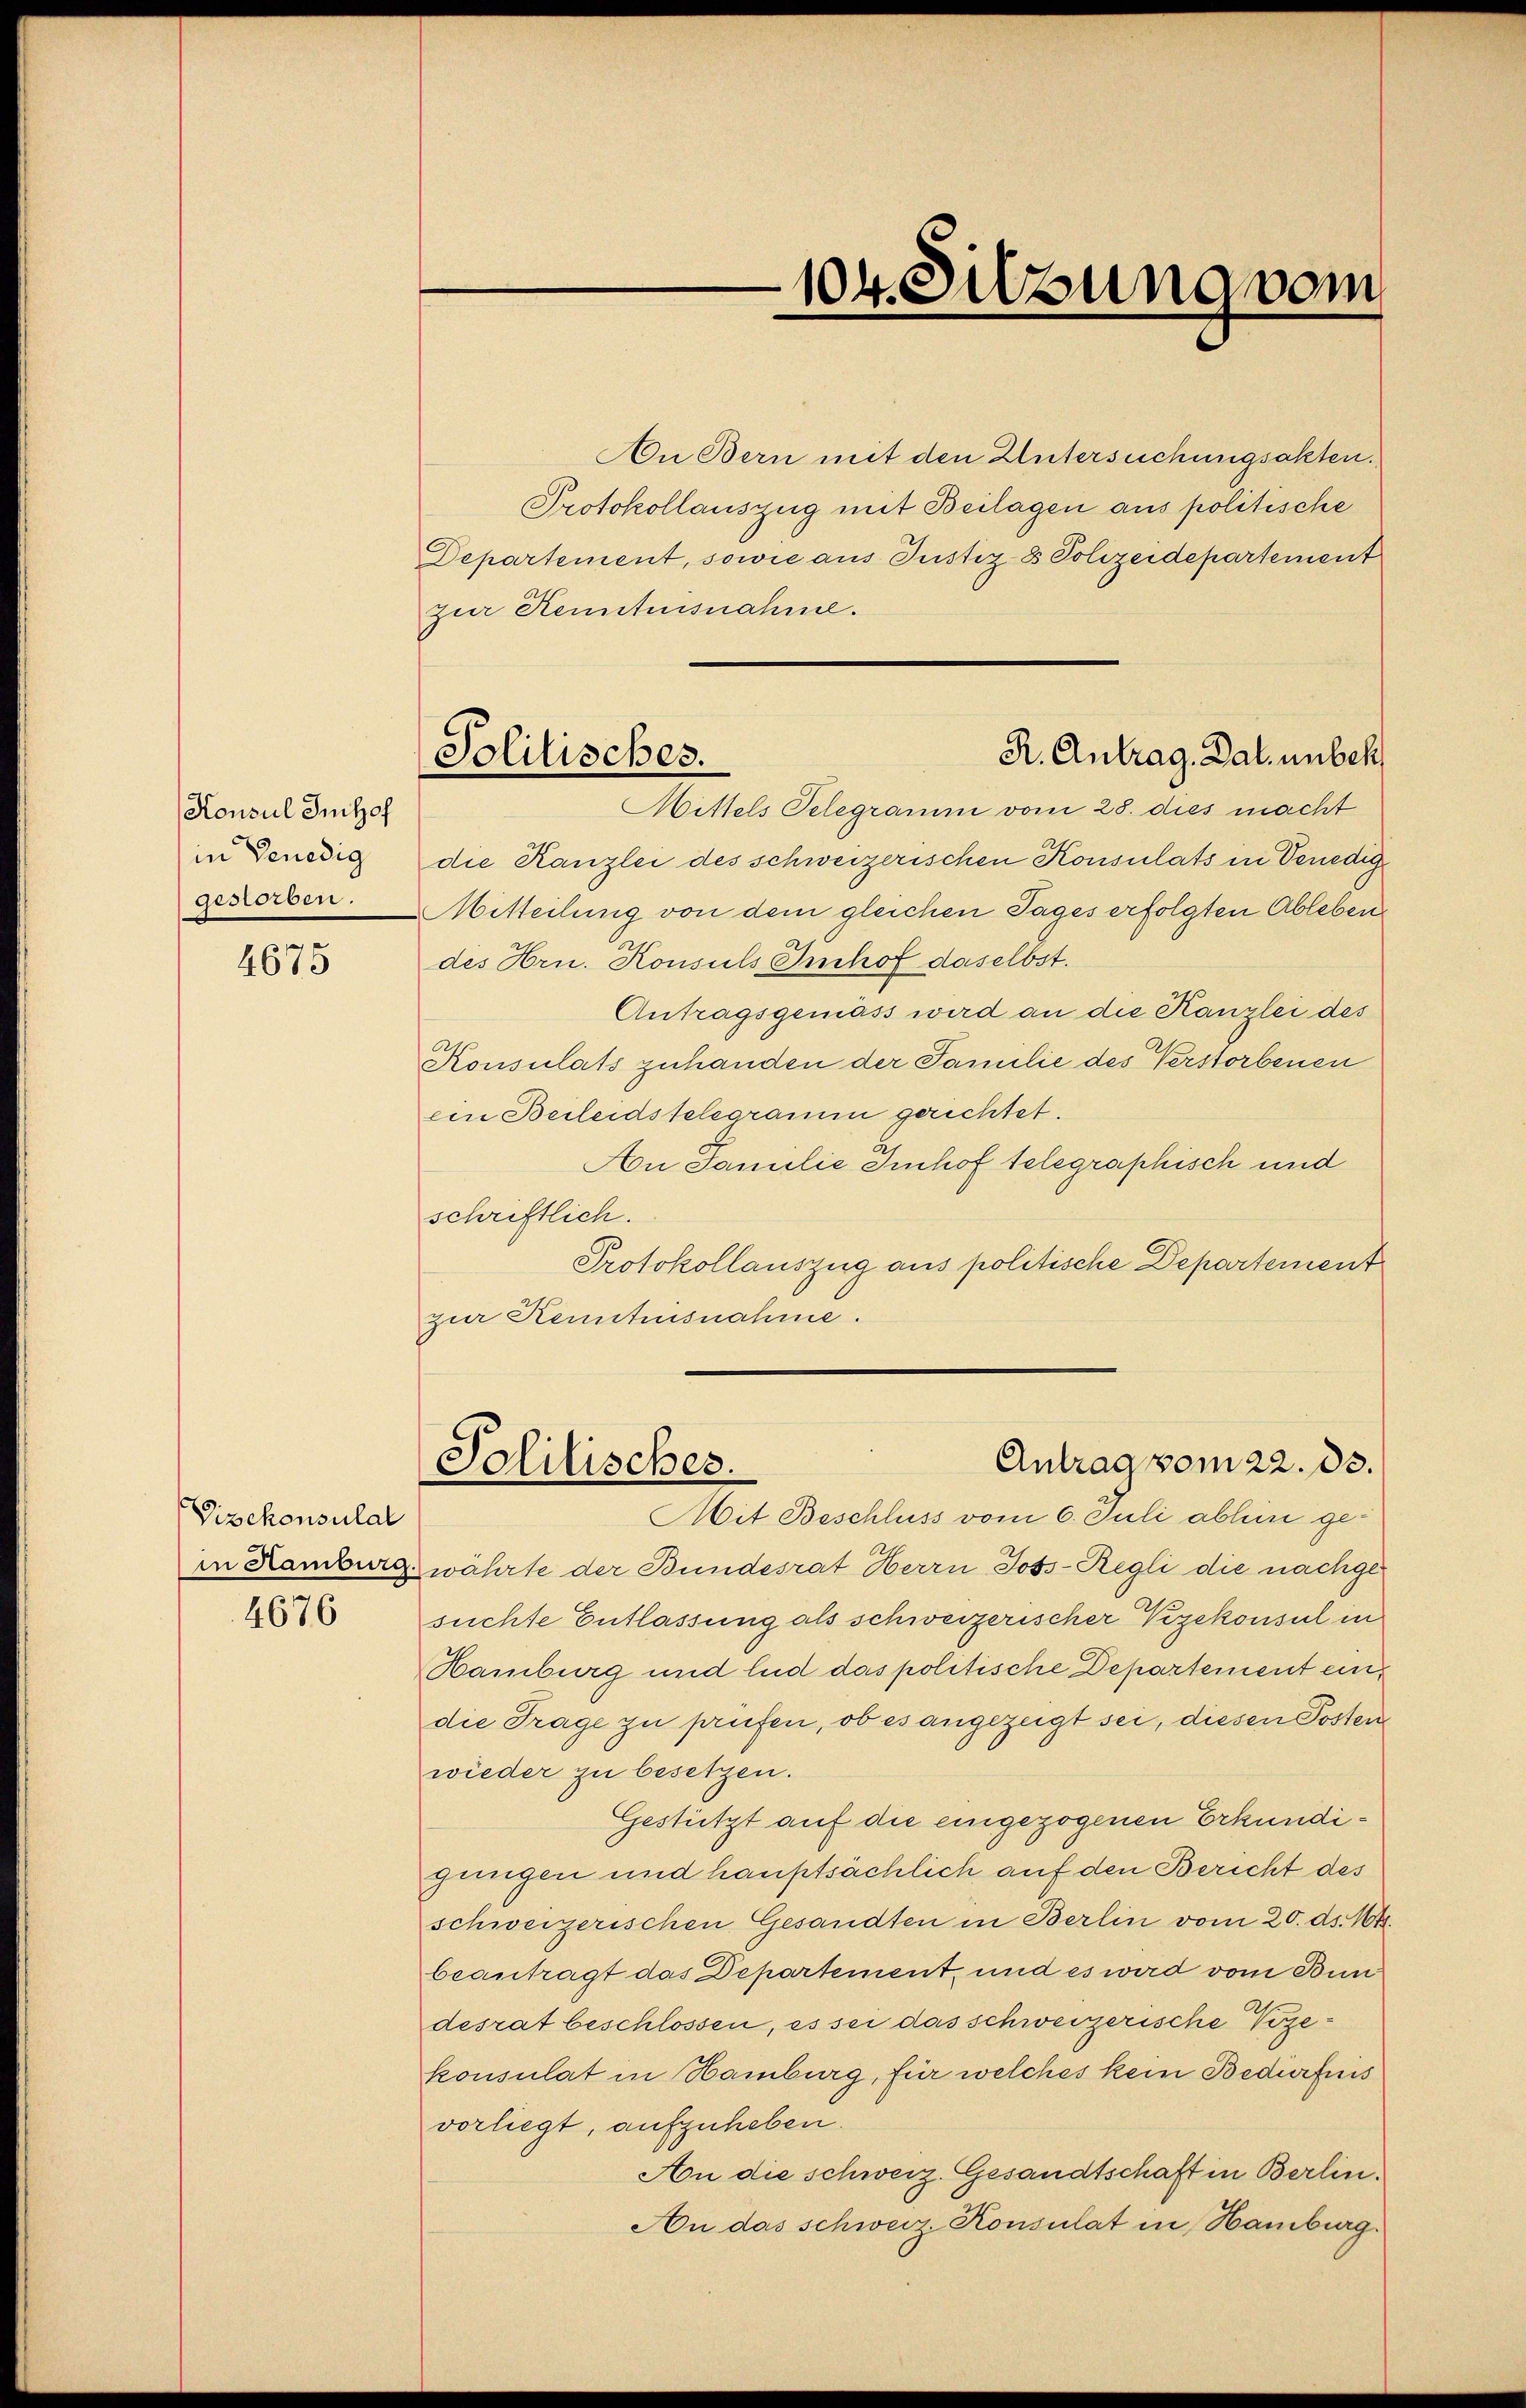
Konsul Imhof
in Benedig
gestorben.

4675

Vizekonsulat
4676

An Bern mit den Untersuchungsakten.
Protokollauszug mit Beilagen aus politische
Departement, sowie aus Justiz & Polizeidepartement
zur Kenntnisnahme.
Mittels Telegramm vom 28. dies macht
die Kanzlei des schweizerischen Konsulats in Venedig
Mitteilung von dem gleichen Tages erfolgten Ableben
des Hrn. Konsuls Imhof daselbst.
Antragsgemäss wird an die Kanzlei des
Konsulats zuhanden der Familie des Verstorbenen
ein Beileidstelegramm gerichtet.
An Familie Imhof telegraphisch und
schriftlich.
Protokollauszug aus politische Departement
zur Kenntnisnahme.
Antrag vom 22. 33.
Politisches.
Mit Beschluss vom 6. Juli abhin gein Ramburg, währte der Bundesrat Herrn Joss-Regli die nachgesuchte Entlassung als schweizerischer Vizekonsul in
Hamburg und End das politische Departement eindie Frage zu prüfen, ob es angezeigt sei, diesen Posten
wieder zu besetzen.
Gestützt auf die eingezogenen Erkundigungen und hauptsächlich auf den Bericht des
schweizerischen Gesandten in Berlin vom 20. ds. 164.
beantragt das Departement und es wird vom Bundesrat beschlossen, es sei das schweizerische Vozekonsulat in Hamburg, für welches kein Bedürfnis
vorliegt, aufzuheben.
An die schweiz. Gesandtschaft in Berlin.
An das schweiz. Konsulat in Hamburg.

104. Sitzung vom

R. Antrag, Dal. unbeh
Politisches.